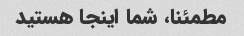
مطمئنا، شما اینجا هستید